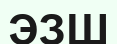
ЭЗШ